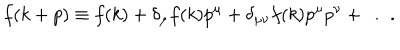
f ( k + p ) \equiv f ( k ) + \delta _ { \mu } f ( k ) p ^ { \mu } + \delta _ { \mu \nu } f ( k ) p ^ { \mu } p ^ { \nu } + \ldots .